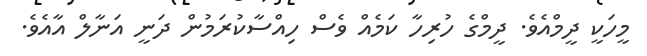
މީހަކީ ދީމްއެވެ. ދީމްގެ ހުރިހާ ކަމެއް ވެސް ހިއްސާކުރަމުން ދަނީ އަނާލް އާއެވެ.